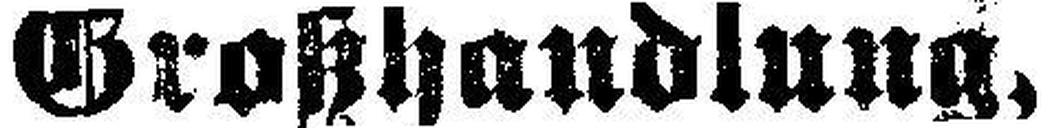
Großhandlung,